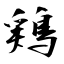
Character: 鶏